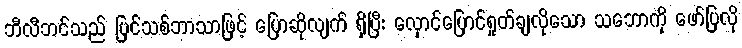
ဘီလီဘင်သည် ပြင်သစ်ဘာသာဖြင့် ပြောဆိုလျက် ရှိပြီး လှောင်ပြောင်ရှုတ်ချလိုသော သဘောကို ဖော်ပြလို